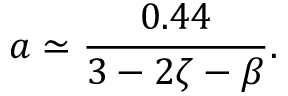
a \simeq \frac { 0 . 4 4 } { 3 - 2 \zeta - \beta } .